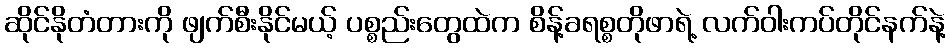
ဆိုင်နိုတံတားကို ဖျက်စီးနိုင်မယ့် ပစ္စည်းတွေထဲက စိန့်ခရစ္စတိုဖာရဲ့ လက်ဝါးကပ်တိုင်နက်နဲ့